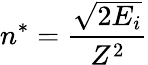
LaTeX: n^{*}={\frac{\sqrt{2E_{i}}}{Z^{2}}}